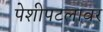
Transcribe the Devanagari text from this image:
पेशीपटलावर